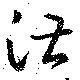
湛